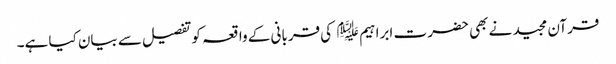
قرآن مجید نے بھی حضر ت ابراہیم ﷤ کی قربانی کے واقعہ کوتفصیل سے بیان کیا ہے۔